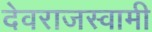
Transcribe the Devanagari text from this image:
देवराजस्वामी